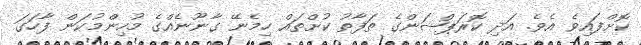
ކޮށްފައިވެ އެވެ. އަދި ކޮރަޕްޝަންގެ ތަފާތު ކުށްތައް ހިމެނޭ ގާނޫނެއްގެ މުހިންމުކަން ފާހަގަ